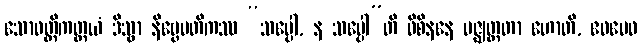
သောဝတ္တိကတ္တယံ ဒိသွာ နိဗ္ဗေမတိကဿ “သပ္ပေါ, န သပ္ပေါ”တိ ဝိစိနနေ မဇ္ဈတ္တတာ ဟောတိ, ဧဝမေဝ